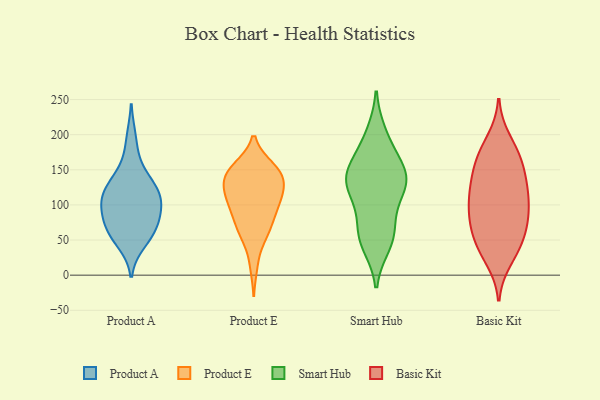
{"axis": {"x": "Humidity (%)", "y": "Value"}, "legend": ["Basic Kit", "Product A", "Product E", "Smart Hub"], "data": [{"x": "", "y": 69, "type": "Product A"}, {"x": "", "y": 111, "type": "Product A"}, {"x": "", "y": 195, "type": "Product A"}, {"x": "", "y": 56, "type": "Product A"}, {"x": "", "y": 58, "type": "Product A"}, {"x": "", "y": 121, "type": "Product A"}, {"x": "", "y": 98, "type": "Product A"}, {"x": "", "y": 131, "type": "Product A"}, {"x": "", "y": 46, "type": "Product A"}, {"x": "", "y": 131, "type": "Product A"}, {"x": "", "y": 115, "type": "Product A"}, {"x": "", "y": 78, "type": "Product A"}, {"x": "", "y": 103, "type": "Product A"}, {"x": "", "y": 74, "type": "Product A"}, {"x": "", "y": 158, "type": "Product A"}, {"x": "", "y": 96, "type": "Product A"}, {"x": "", "y": 101, "type": "Product E"}, {"x": "", "y": 60, "type": "Product E"}, {"x": "", "y": 133, "type": "Product E"}, {"x": "", "y": 100, "type": "Product E"}, {"x": "", "y": 153, "type": "Product E"}, {"x": "", "y": 109, "type": "Product E"}, {"x": "", "y": 96, "type": "Product E"}, {"x": "", "y": 118, "type": "Product E"}, {"x": "", "y": 94, "type": "Product E"}, {"x": "", "y": 150, "type": "Product E"}, {"x": "", "y": 132, "type": "Product E"}, {"x": "", "y": 149, "type": "Product E"}, {"x": "", "y": 62, "type": "Product E"}, {"x": "", "y": 146, "type": "Product E"}, {"x": "", "y": 131, "type": "Product E"}, {"x": "", "y": 153, "type": "Product E"}, {"x": "", "y": 126, "type": "Product E"}, {"x": "", "y": 15, "type": "Product E"}, {"x": "", "y": 60, "type": "Product E"}, {"x": "", "y": 72, "type": "Product E"}, {"x": "", "y": 44, "type": "Smart Hub"}, {"x": "", "y": 188, "type": "Smart Hub"}, {"x": "", "y": 64, "type": "Smart Hub"}, {"x": "", "y": 125, "type": "Smart Hub"}, {"x": "", "y": 150, "type": "Smart Hub"}, {"x": "", "y": 57, "type": "Smart Hub"}, {"x": "", "y": 137, "type": "Smart Hub"}, {"x": "", "y": 106, "type": "Smart Hub"}, {"x": "", "y": 142, "type": "Smart Hub"}, {"x": "", "y": 200, "type": "Smart Hub"}, {"x": "", "y": 118, "type": "Smart Hub"}, {"x": "", "y": 140, "type": "Smart Hub"}, {"x": "", "y": 56, "type": "Smart Hub"}, {"x": "", "y": 152, "type": "Smart Hub"}, {"x": "", "y": 86, "type": "Basic Kit"}, {"x": "", "y": 40, "type": "Basic Kit"}, {"x": "", "y": 133, "type": "Basic Kit"}, {"x": "", "y": 135, "type": "Basic Kit"}, {"x": "", "y": 155, "type": "Basic Kit"}, {"x": "", "y": 176, "type": "Basic Kit"}, {"x": "", "y": 112, "type": "Basic Kit"}, {"x": "", "y": 170, "type": "Basic Kit"}, {"x": "", "y": 112, "type": "Basic Kit"}, {"x": "", "y": 164, "type": "Basic Kit"}, {"x": "", "y": 66, "type": "Basic Kit"}, {"x": "", "y": 74, "type": "Basic Kit"}, {"x": "", "y": 71, "type": "Basic Kit"}, {"x": "", "y": 192, "type": "Basic Kit"}, {"x": "", "y": 40, "type": "Basic Kit"}, {"x": "", "y": 23, "type": "Basic Kit"}, {"x": "", "y": 88, "type": "Basic Kit"}, {"x": "", "y": 102, "type": "Basic Kit"}, {"x": "", "y": 40, "type": "Basic Kit"}, {"x": "", "y": 126, "type": "Basic Kit"}]}